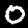
Digit: 0